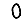
Digit: 0